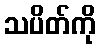
သပိတ်ကို